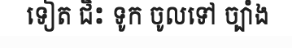
ទៀត ជិះ ទូក ចូលទៅ ច្បាំង